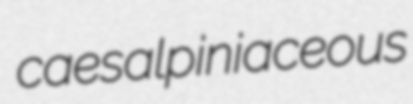
caesalpiniaceous